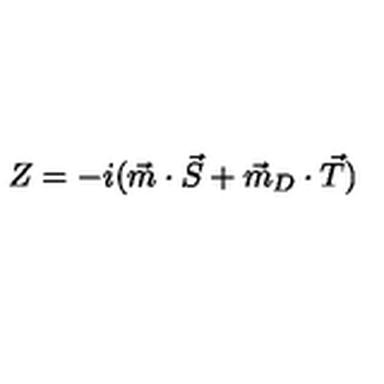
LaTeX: Z = - i ( \vec { m } \cdot \vec { S } + \vec { m } _ { D } \cdot \vec { T } )